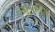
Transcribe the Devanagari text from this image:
ल्यूनविल